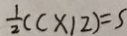
\frac { 1 } { 2 } ( c \times 1 2 ) = 5